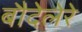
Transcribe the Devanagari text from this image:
बौदेलेरे